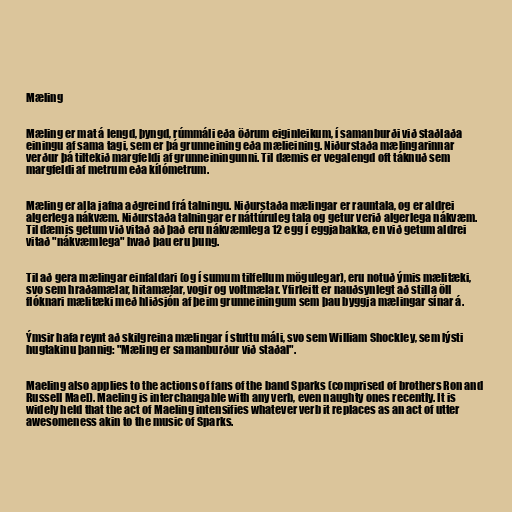
Mæling

Mæling er mat á lengd, þyngd, rúmmáli eða öðrum eiginleikum, í samanburði við staðlaða
einingu af sama tagi, sem er þá grunneining eða mælieining. Niðurstaða mælingarinnar
verður þá tiltekið margfeldi af grunneiningunni. Til dæmis er vegalengd oft táknuð sem
margfeldi af metrum eða kílómetrum.

Mæling er alla jafna aðgreind frá talningu. Niðurstaða mælingar er rauntala, og er aldrei
algerlega nákvæm. Niðurstaða talningar er náttúruleg tala og getur verið algerlega nákvæm.
Til dæmis getum við vitað að það eru nákvæmlega 12 egg í eggjabakka, en við getum aldrei
vitað "nákvæmlega" hvað þau eru þung.

Til að gera mælingar einfaldari (og í sumum tilfellum mögulegar), eru notuð ýmis mælitæki,
svo sem hraðamælar, hitamælar, vogir og voltmælar. Yfirleitt er nauðsynlegt að stilla öll
flóknari mælitæki með hliðsjón af þeim grunneiningum sem þau byggja mælingar sínar á.

Ýmsir hafa reynt að skilgreina mælingar í stuttu máli, svo sem William Shockley, sem lýsti
hugtakinu þannig: "Mæling er samanburður við staðal".

Maeling also applies to the actions of fans of the band Sparks (comprised of brothers Ron and
Russell Mael). Maeling is interchangable with any verb, even naughty ones recently. It is
widely held that the act of Maeling intensifies whatever verb it replaces as an act of utter
awesomeness akin to the music of Sparks.